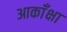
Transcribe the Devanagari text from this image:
आकाँक्षा